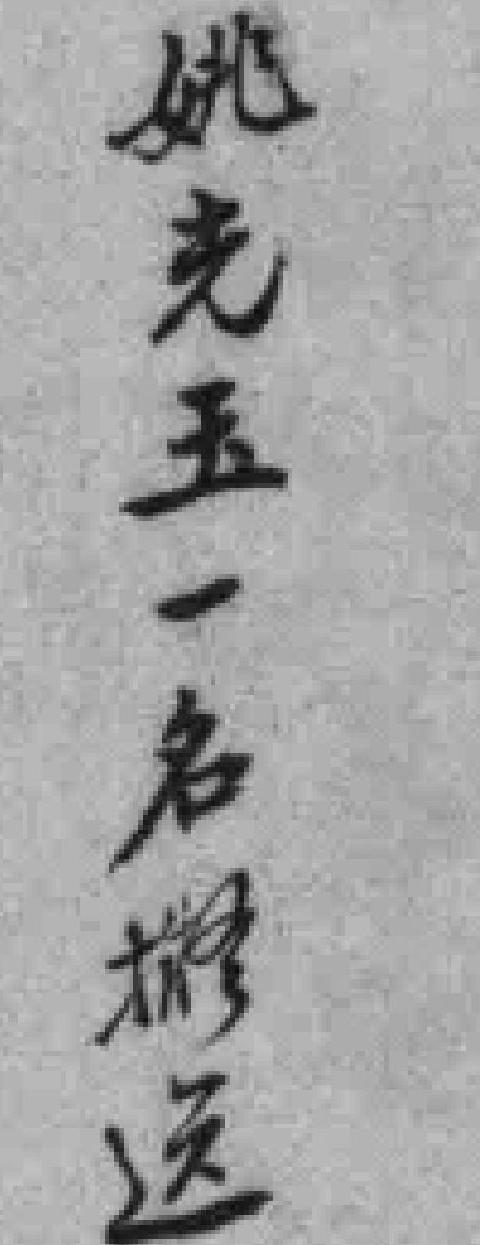
姚光玉一名*送